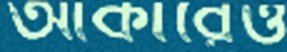
আকারেও